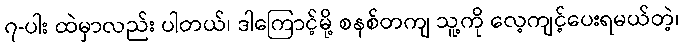
၇-ပါး ထဲမှာလည်း ပါတယ်၊ ဒါကြောင့်မို့ စနစ်တကျ သူ့ကို လေ့ကျင့်ပေးရမယ်တဲ့၊